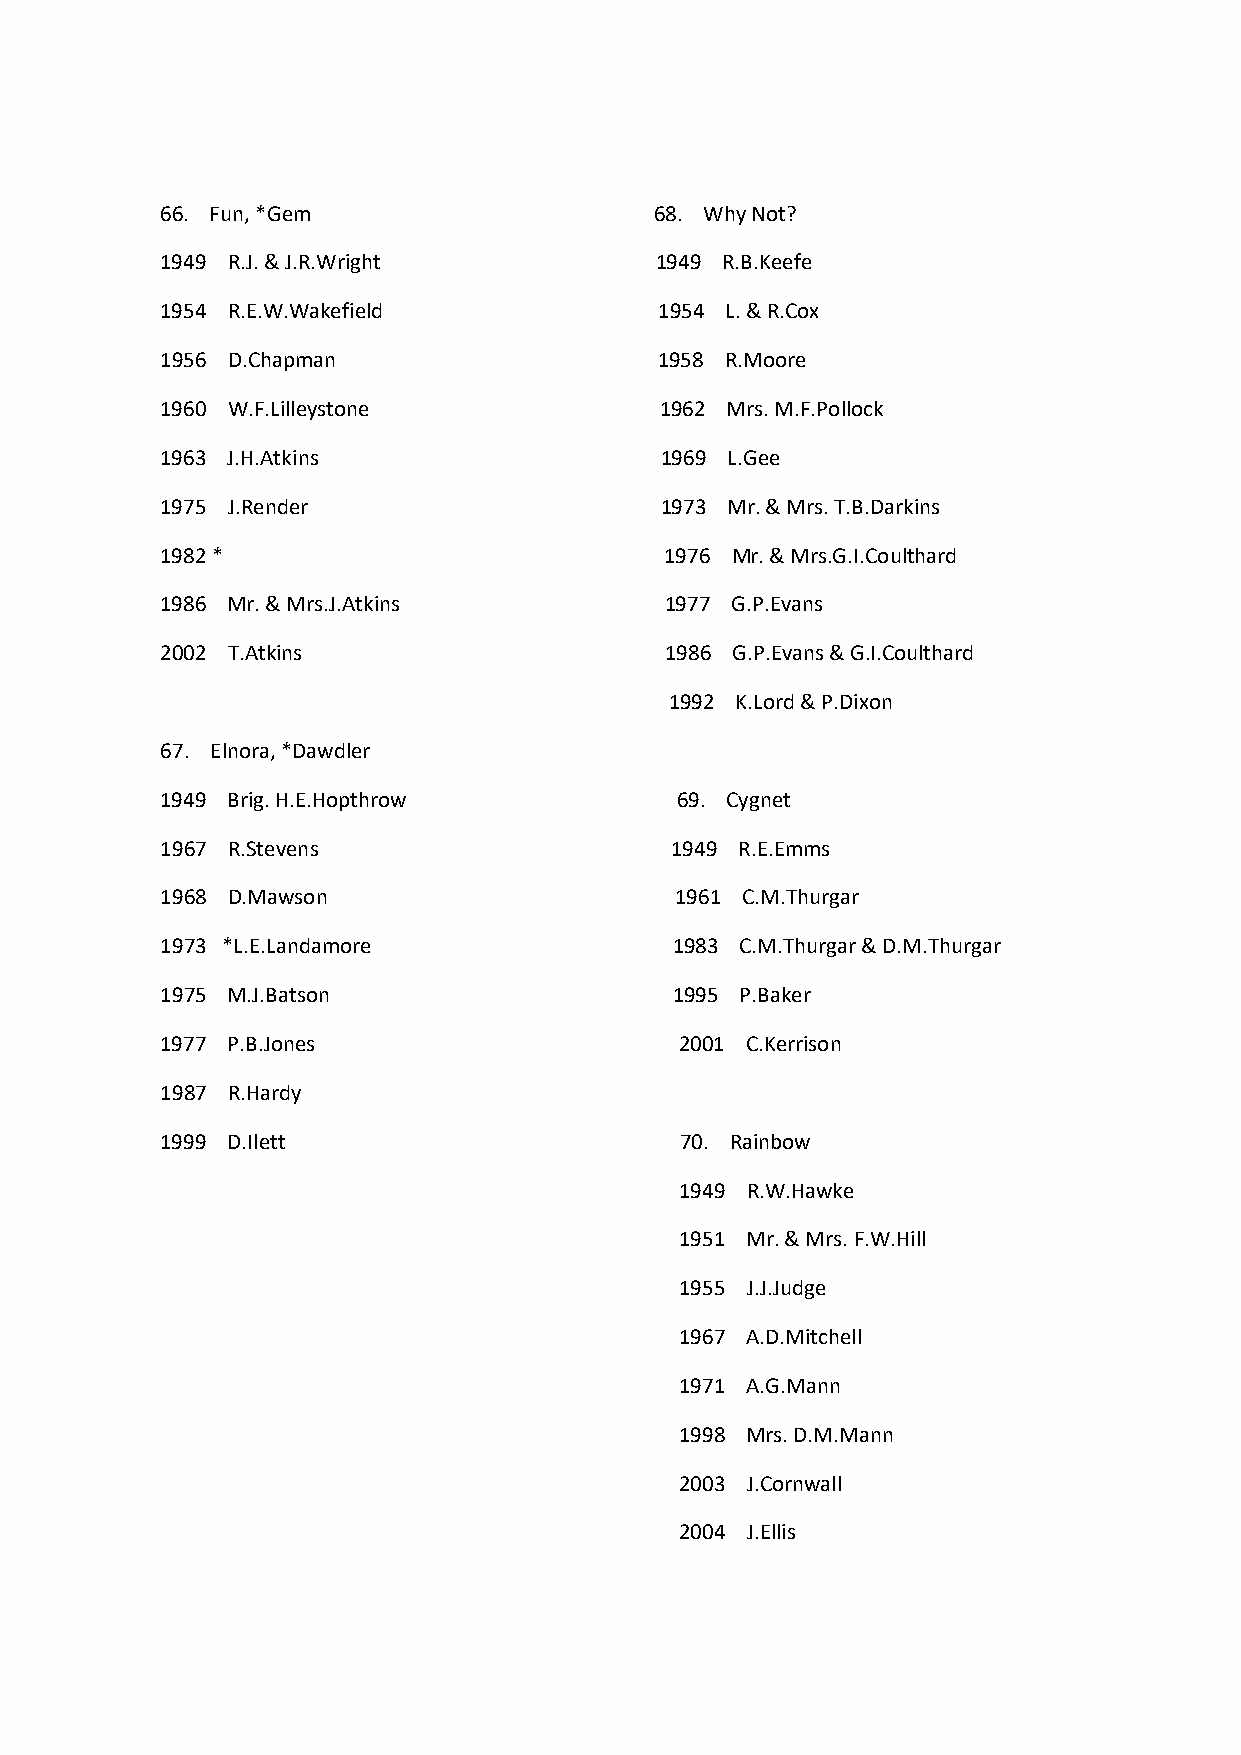
66. Fun, *Gem                   68. Why Not?
 1949 R.J. & J.R.Wright          1949 R.B.Keefe
 1954 R.E.W.Wakefield             1954 L. & R.Cox
 1956 D.Chapman                   1958 R.Moore
 1960 W.F.Lilleystone             1962 Mrs. M.F.Pollock
 1963 J.H.Atkins                  1969 L.Gee
 1975 J.Render                    1973 Mr. & Mrs. T.B.Darkins
 1982 *                           1976 Mr. & Mrs.G.I.Coulthard
 1986 Mr. & Mrs.J.Atkins          1977 G.P.Evans
 2002 T.Atkins                    1986 G.P.Evans & G.I.Coulthard
 1992 K.Lord & P.Dixon
 67. Elnora, *Dawdler
 1949 Brig. H.E.Hopthrow           69. Cygnet
 1967 R.Stevens                   1949 R.E.Emms
 1968 D.Mawson                     1961 C.M.Thurgar
 1973 *L.E.Landamore               1983 C.M.Thurgar & D.M.Thurgar
 1975 M.J.Batson                   1995 P.Baker
 1977 P.B.Jones                    2001 C.Kerrison
 1987 R.Hardy
 1999 D.Ilett                      70. Rainbow
 1949 R.W.Hawke
 1951 Mr. & Mrs. F.W.Hill
 1955 J.J.Judge
 1967 A.D.Mitchell
 1971 A.G.Mann
 1998 Mrs. D.M.Mann
 2003 J.Cornwall
 2004 J.Ellis